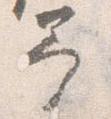
予